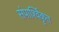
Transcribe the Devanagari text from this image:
संपार्श्विकृत